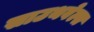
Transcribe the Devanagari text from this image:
साउथवेल्स